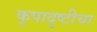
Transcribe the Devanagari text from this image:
कृपादृष्टीचा